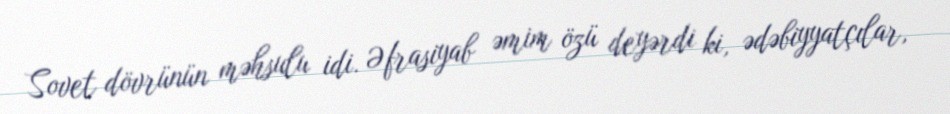
Sovet dövrünün məhsulu idi. Əfrasiyab əmim özü deyərdi ki, ədəbiyyatçılar,